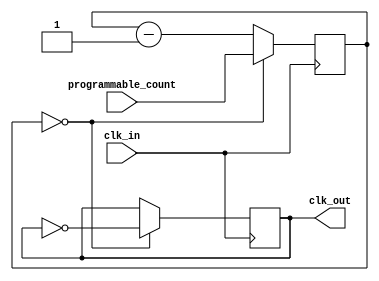
module clock_divider (
    input wire clk_in,
    input wire [7:0] programmable_count,
    output reg clk_out
);

reg [7:0] counter;

always @(posedge clk_in) begin
    if (counter == 0) begin
        counter <= programmable_count;
        clk_out <= ~clk_out;
    end else begin
        counter <= counter - 1;
    end
end

endmodule